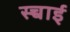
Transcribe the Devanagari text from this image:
स्च्चाई